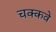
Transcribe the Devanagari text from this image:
चक्‍कवे